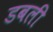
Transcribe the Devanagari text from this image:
डबली